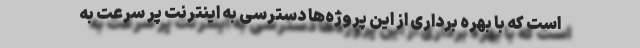
است که با بهره برداری از این پروژه‌ها دسترسی به اینترنت پر سرعت به